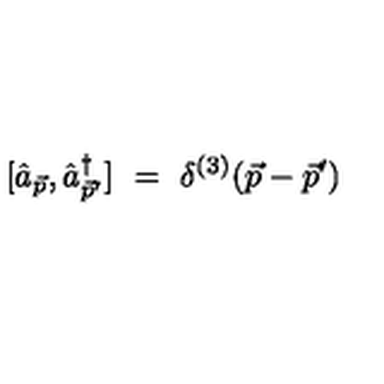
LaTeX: [ \hat { a } _ { \vec { p } } , \hat { a } _ { \vec { p } ^ { \prime } } ^ { \dag } ] \ = \ \delta ^ { ( 3 ) } ( \vec { p } - \vec { p } ^ { \prime } )